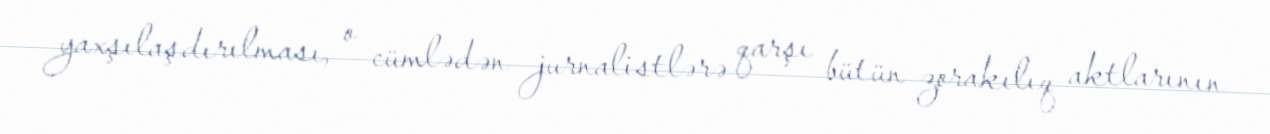
yaxşılaşdırılması, o cümlədən jurnalistlərə qarşı bütün zorakılıq aktlarının